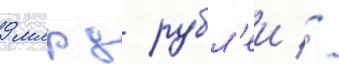
9 млрд рубл'еи //